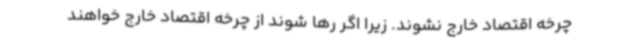
چرخه اقتصاد خارج نشوند. زیرا اگر رها شوند از چرخه اقتصاد خارج خواهند